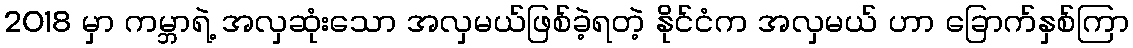
2018 မှာ ကမ္ဘာရဲ့ အလှဆုံးသော အလှမယ်ဖြစ်ခဲ့ရတဲ့ နိုင်ငံက အလှမယ် ဟာ ခြောက်နှစ်ကြာ